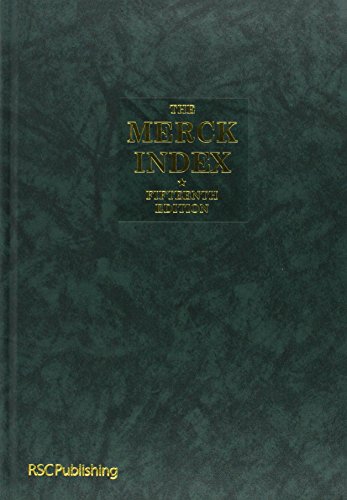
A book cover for The Merck Index: An Encyclopedia of Chemicals, Drugs, and Biologicals; Medical Books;